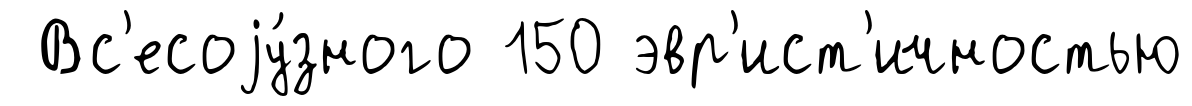
Вс'есоjу́зного 150 эвр'ист'ичностью